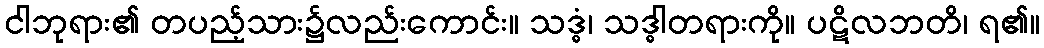
ငါဘုရား၏ တပည့်သား၌လည်းကောင်း။ သဒ္ဓံ၊ သဒ္ဓါတရားကို။ ပဋိလဘတိ၊ ရ၏။